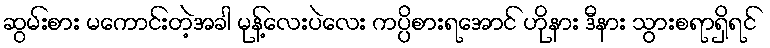
ဆွမ်းစား မကောင်းတဲ့အခါ မုန့်လေးပဲလေး ကပ္ပိစားရအောင် ဟိုနား ဒီနား သွားစရာရှိရင်